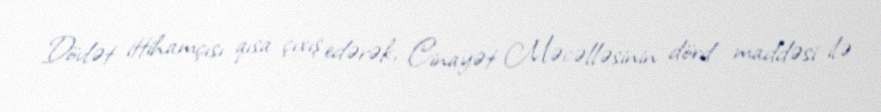
Dövlət ittihamçısı qısa çıxış edərək, Cinayət Məcəlləsinin dörd maddəsi ilə